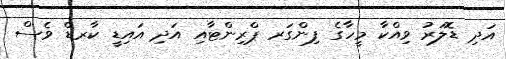
އަދި ޑޮލަރު ވިއްކާ މީހާގެ ފިންގަރ ޕްރިންޓާއި އަދި އައިޑީ ކާރޑް ވެސް